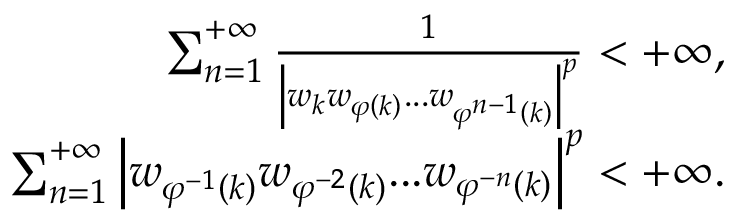
\begin{array} { r } { \sum _ { n = 1 } ^ { + \infty } { \frac { 1 } { \left| w _ { k } w _ { \varphi \left( k \right) } . . . w _ { \varphi ^ { n - 1 } \left( k \right) } \right| ^ { p } } } < + \infty , } \\ { \sum _ { n = 1 } ^ { + \infty } { \left| w _ { \varphi ^ { - 1 } \left( k \right) } w _ { \varphi ^ { - 2 } \left( k \right) } . . . w _ { \varphi ^ { - n } \left( k \right) } \right| } ^ { p } < + \infty . } \end{array}